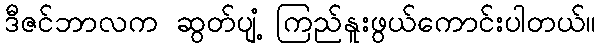
ဒီဇင်ဘာလက ဆွတ်ပျံ့ ကြည်နူးဖွယ်ကောင်းပါတယ်။